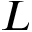
L